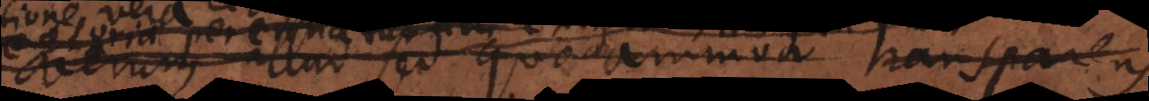
verum illud sed quodammodo transp